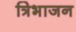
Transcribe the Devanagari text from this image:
त्रिभाजन